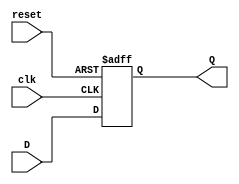
module neg_edge_d_ff (
    input D,
    input clk,
    input reset,
    output reg Q
);

always @(posedge clk or posedge reset) begin
    if (reset) begin
        Q <= 1'b0; // Reset output to specific value
    end else begin
        Q <= D; // Update output based on D input
    end
end

endmodule